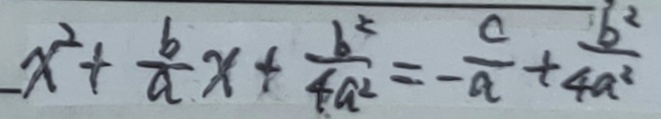
x ^ { 2 } + \frac { b } { a } x + \frac { b ^ { 2 } } { 4 a ^ { 2 } } = - \frac { c } { a } + \frac { b ^ { 2 } } { 4 a ^ { 2 } }